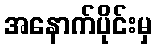
အနောက်ပိုင်းမှ